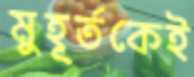
মুহূর্তকেই